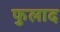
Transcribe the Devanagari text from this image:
फुलाद